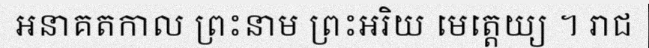
អនាគតកាល ព្រះនាម ព្រះអរិយ មេត្តេយ្យ ។ រាជ